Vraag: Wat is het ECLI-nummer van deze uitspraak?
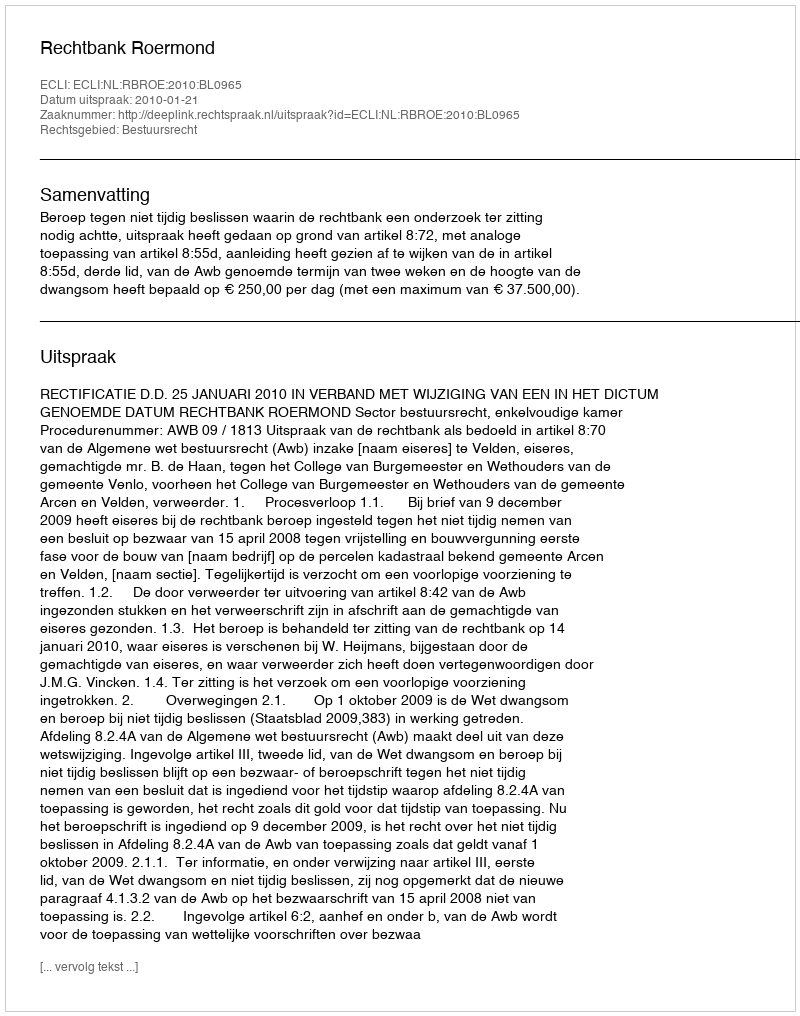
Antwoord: ECLI:NL:RBROE:2010:BL0965